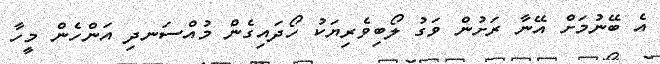
އެ ބޭނުމަށް އޭނާ ރަށުން ވަގު ލޯބިވެރިޔަކު ހޯދައިގެން މުއްސަނދި އަންހެން މީހާ